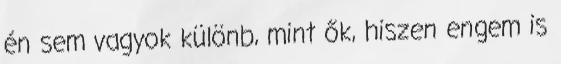
én sem vagyok különb, mint ők, hiszen engem is